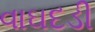
વાઘદડી